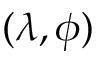
( \lambda , \phi )